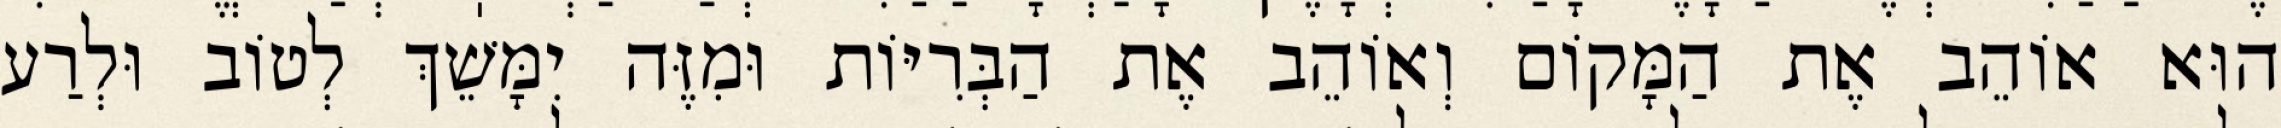
הוּא אוֹהֵב אֶת הַמָּקוֹם וְאוֹהֵב אֶת הַבְּרִיּוֹת וּמִזֶּה יִמָּשֵׁךְ לְטוֹב וּלְרַע